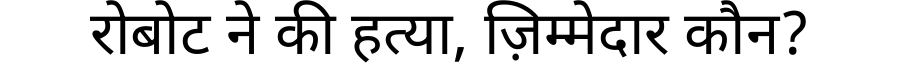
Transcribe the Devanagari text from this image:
रोबोट ने की हत्या, ज़िम्मेदार कौन?